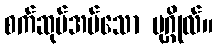
စက်ဆုပ်အပ်သော ပုဂ္ဂိုလ်။